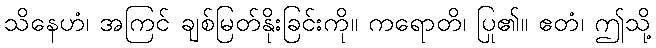
သိနေဟံ၊ အကြင် ချစ်မြတ်နိုးခြင်းကို။ ကရောတိ၊ ပြု၏။ ဧတံ၊ ဤသို့